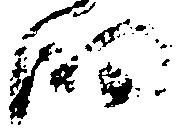
細